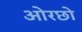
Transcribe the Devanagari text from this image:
ओरछो